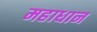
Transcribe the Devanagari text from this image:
महाधान